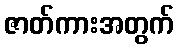
ဇာတ်ကားအတွက်